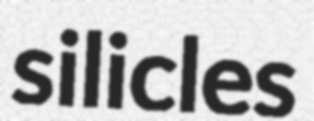
silicles